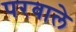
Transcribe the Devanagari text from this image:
परवाले